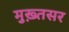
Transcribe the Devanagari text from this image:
मुख़्तसर